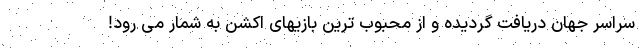
سراسر جهان دریافت گردیده و از محبوب ترین بازیهای اکشن به شمار می رود!